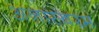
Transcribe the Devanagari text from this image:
अनास्वरम